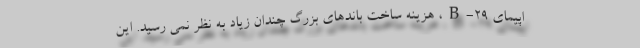
اپیمای B-29، هزینه ساخت باندهای بزرگ چندان زیاد به نظر نمی رسید. این